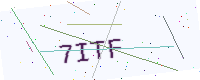
Text: 7ITF